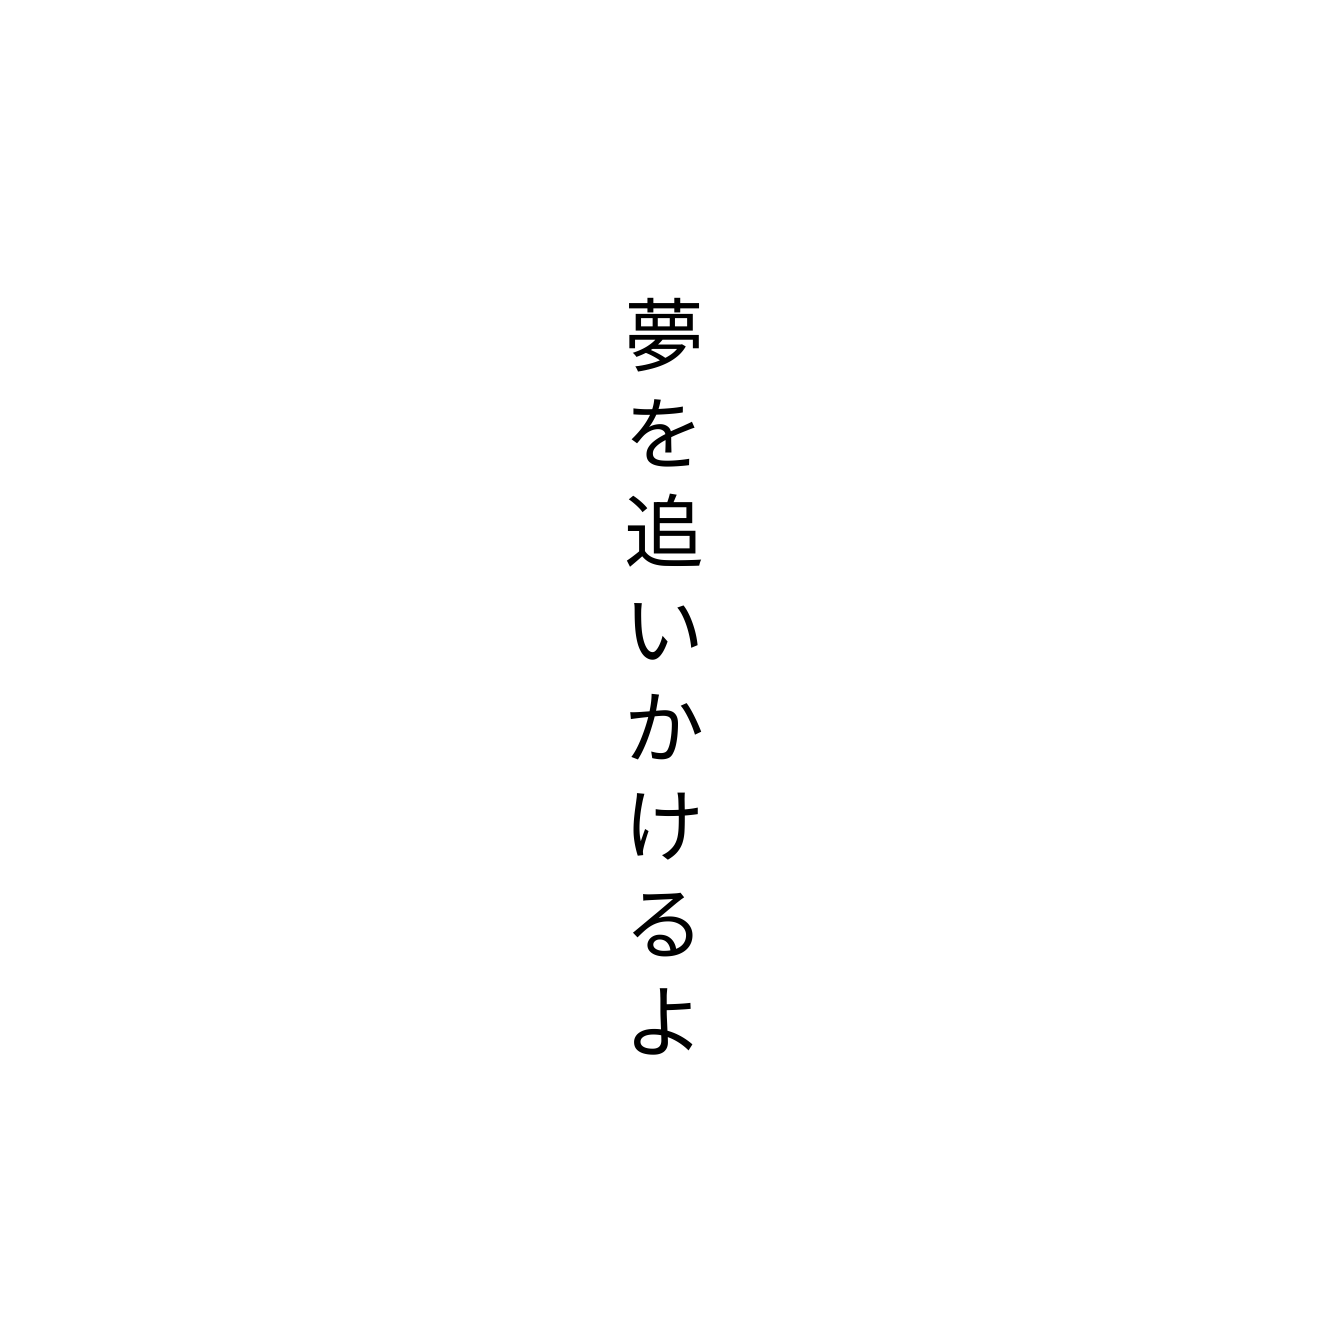
夢を追いかけるよ